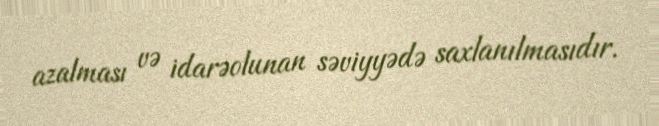
azalması və idarəolunan səviyyədə saxlanılmasıdır.